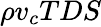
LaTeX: \rho v_{c}TDS